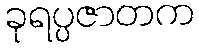
ခုရပ္ပဇာတက